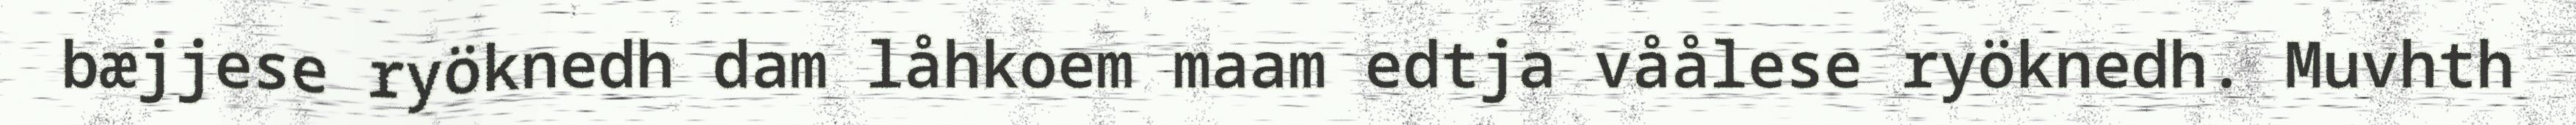
bæjjese ryöknedh dam låhkoem maam edtja våålese ryöknedh. Muvhth